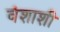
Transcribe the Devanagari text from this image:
वंशाशी